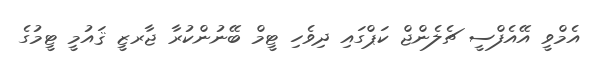
އެމްވީ އޭއެފްސީ ޗެލެންޖް ކަޕްގައި ދިވެހި ޓީމް ބޭނުންކުރާ ޖާރޒީ ޤައުމީ ޓީމުގެ